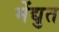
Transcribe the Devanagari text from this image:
मेंद्युत